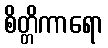
စိတ္တိကာရော